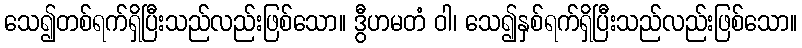
သေ၍တစ်ရက်ရှိပြီးသည်လည်းဖြစ်သော။ ဒွီဟမတံ ဝါ၊ သေ၍နှစ်ရက်ရှိပြီးသည်လည်းဖြစ်သော။